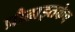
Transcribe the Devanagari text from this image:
प्रौढाइतकेच